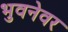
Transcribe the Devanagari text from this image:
भुवनेवर